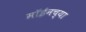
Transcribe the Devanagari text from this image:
मॉईनच्या